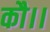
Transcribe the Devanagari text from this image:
कौ।।